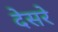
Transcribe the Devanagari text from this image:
देसरे